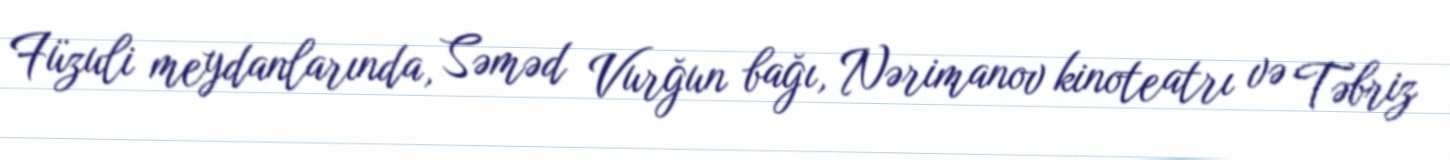
Füzuli meydanlarında, Səməd Vurğun bağı, Nərimanov kinoteatrı və Təbriz